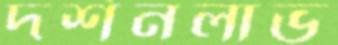
দর্শনলাভ